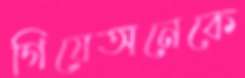
গিয়েঅনেকে